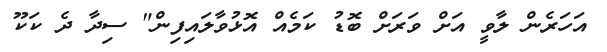
އަހަރެން ލާވީ އަށް ވަރަށް ބޮޑު ކަމެއް އޮޅުވާލައިފިން" ސިދާ ދެ ކަކޫ